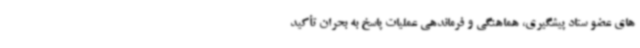
های عضو ستاد پیشگیری، هماهنگی و فرماندهی عملیات پاسخ به بحران تأکید